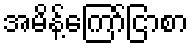
အမိန့်ကြော်ငြာစာ